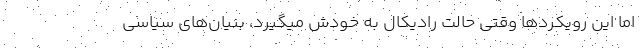
اما این رویکردها وقتی حالت رادیکال به خودش میگیرد، بنیان‌های سیاسی